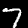
Label: 7